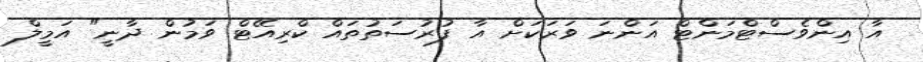
އާ އިންވެސްޓްމަންޓް އަންނަ ވަރަކަށް އާ ފުރުސަތުތައް ކްރިއޭޓް ވަމުން ދާނީ" އަމީލް